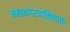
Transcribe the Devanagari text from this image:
महानगरपालिकाचा